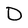
Character: D